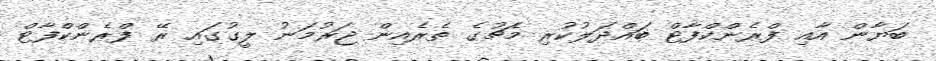
ބަޔާން އާއި ފްރެންކްފާޓް ބައްދަލުކުރި މެޗުގެ ތެރެއިން ޖަރުމަނު ލީގުގައި ރޭ ފްރެންކްފާޓް